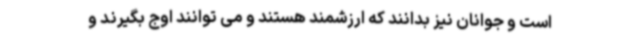
است و جوانان نیز بدانند که ارزشمند هستند و می توانند اوج بگیرند و